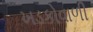
ખડકોવાળી